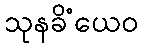
သုနခိံယေဝ